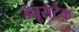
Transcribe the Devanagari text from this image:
ड्यूराटेक